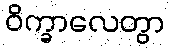
ဝိက္ခာလေတွာ